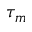
\tau _ { m }